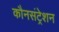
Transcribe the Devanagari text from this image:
कौनसंट्रेशन